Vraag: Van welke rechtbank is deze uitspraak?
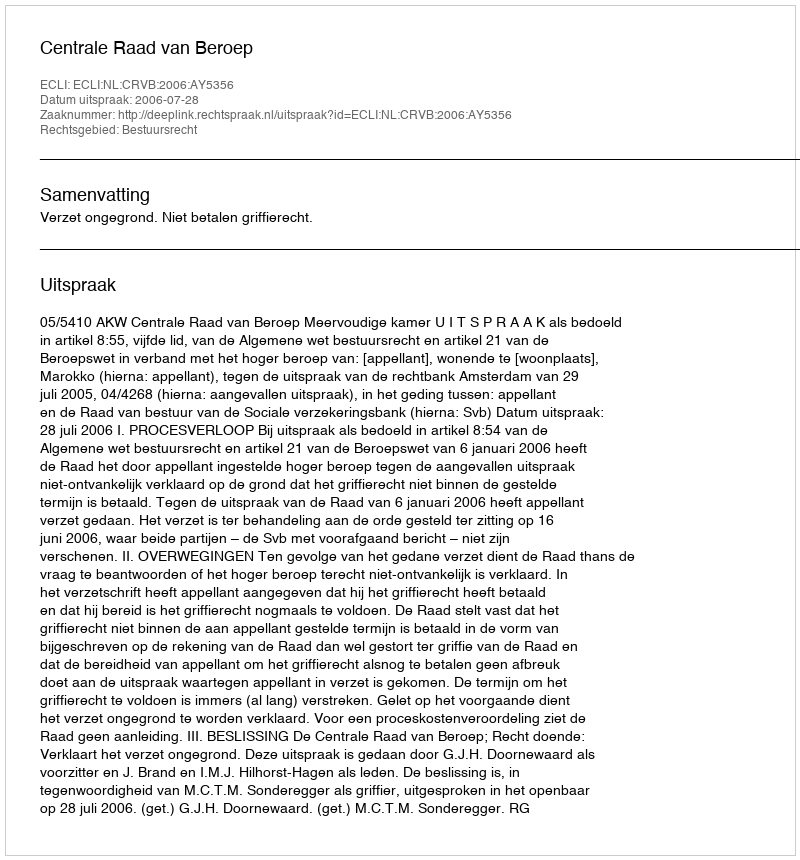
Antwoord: Centrale Raad van Beroep